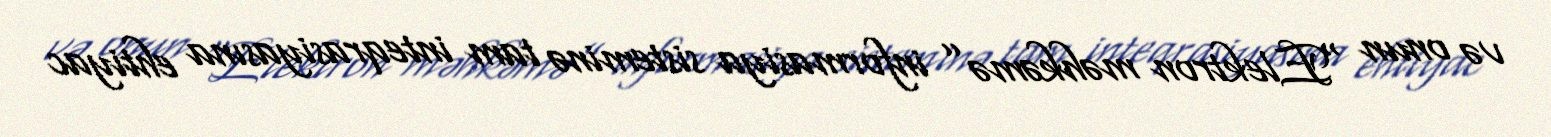
və onun “Elektron məhkəmə” informasiya sisteminə tam inteqrasiyasına ehtiyac